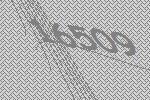
16509